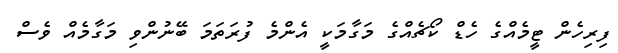
ފިރިހެން ޓީމެއްގެ ހެޑް ކޯޗެއްގެ މަގާމަކީ އެންމެ ފުރަތަމަ ބޭނުންވި މަގާމެއް ވެސް